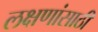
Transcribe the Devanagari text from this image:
लक्षणांसाठी